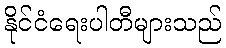
နိုင်ငံရေးပါတီများသည်